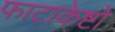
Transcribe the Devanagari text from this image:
फाटाकेष्टो